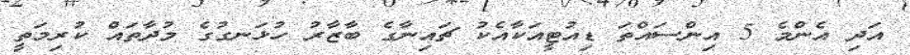
އަދި އެންމެ 5 އިންސައްތަ ޑިއުޓީއަކާއެކު ޗައިނާގެ ބާޒާރު ހުޅަނގުގެ މުދާތައް ކުރިމަތީ